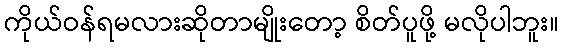
ကိုယ်ဝန်ရမလားဆိုတာမျိုးတော့ စိတ်ပူဖို့ မလိုပါဘူး။